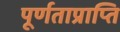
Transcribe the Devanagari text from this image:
पूर्णताप्राप्ति